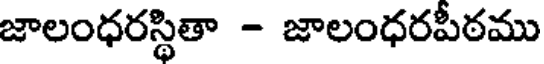
జాలంధరస్థితా - జాలంధరపీఠము